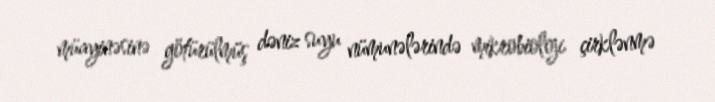
müayinəsinə götürülmüş dəniz suyu nümunələrində mikrobioloji çirklənmə